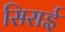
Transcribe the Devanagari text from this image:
सिराई